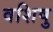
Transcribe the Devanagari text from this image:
वशिषु